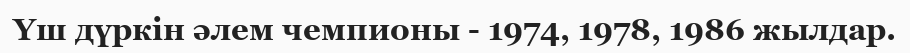
Үш дүркін әлем чемпионы - 1974, 1978, 1986 жылдар.